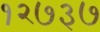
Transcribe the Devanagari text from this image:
१२७३७